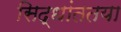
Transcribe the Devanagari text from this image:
सिद्धांततया